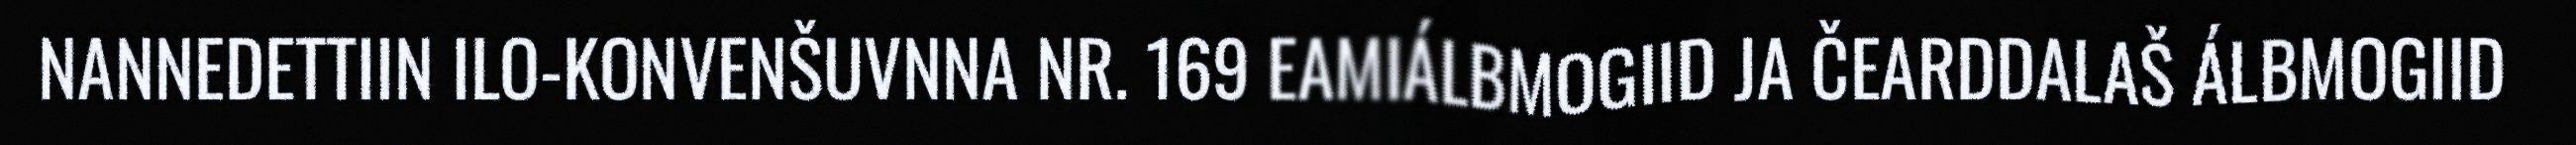
NANNEDETTIIN ILO-KONVENŠUVNNA NR. 169 EAMIÁLBMOGIID JA ČEARDDALAŠ ÁLBMOGIID